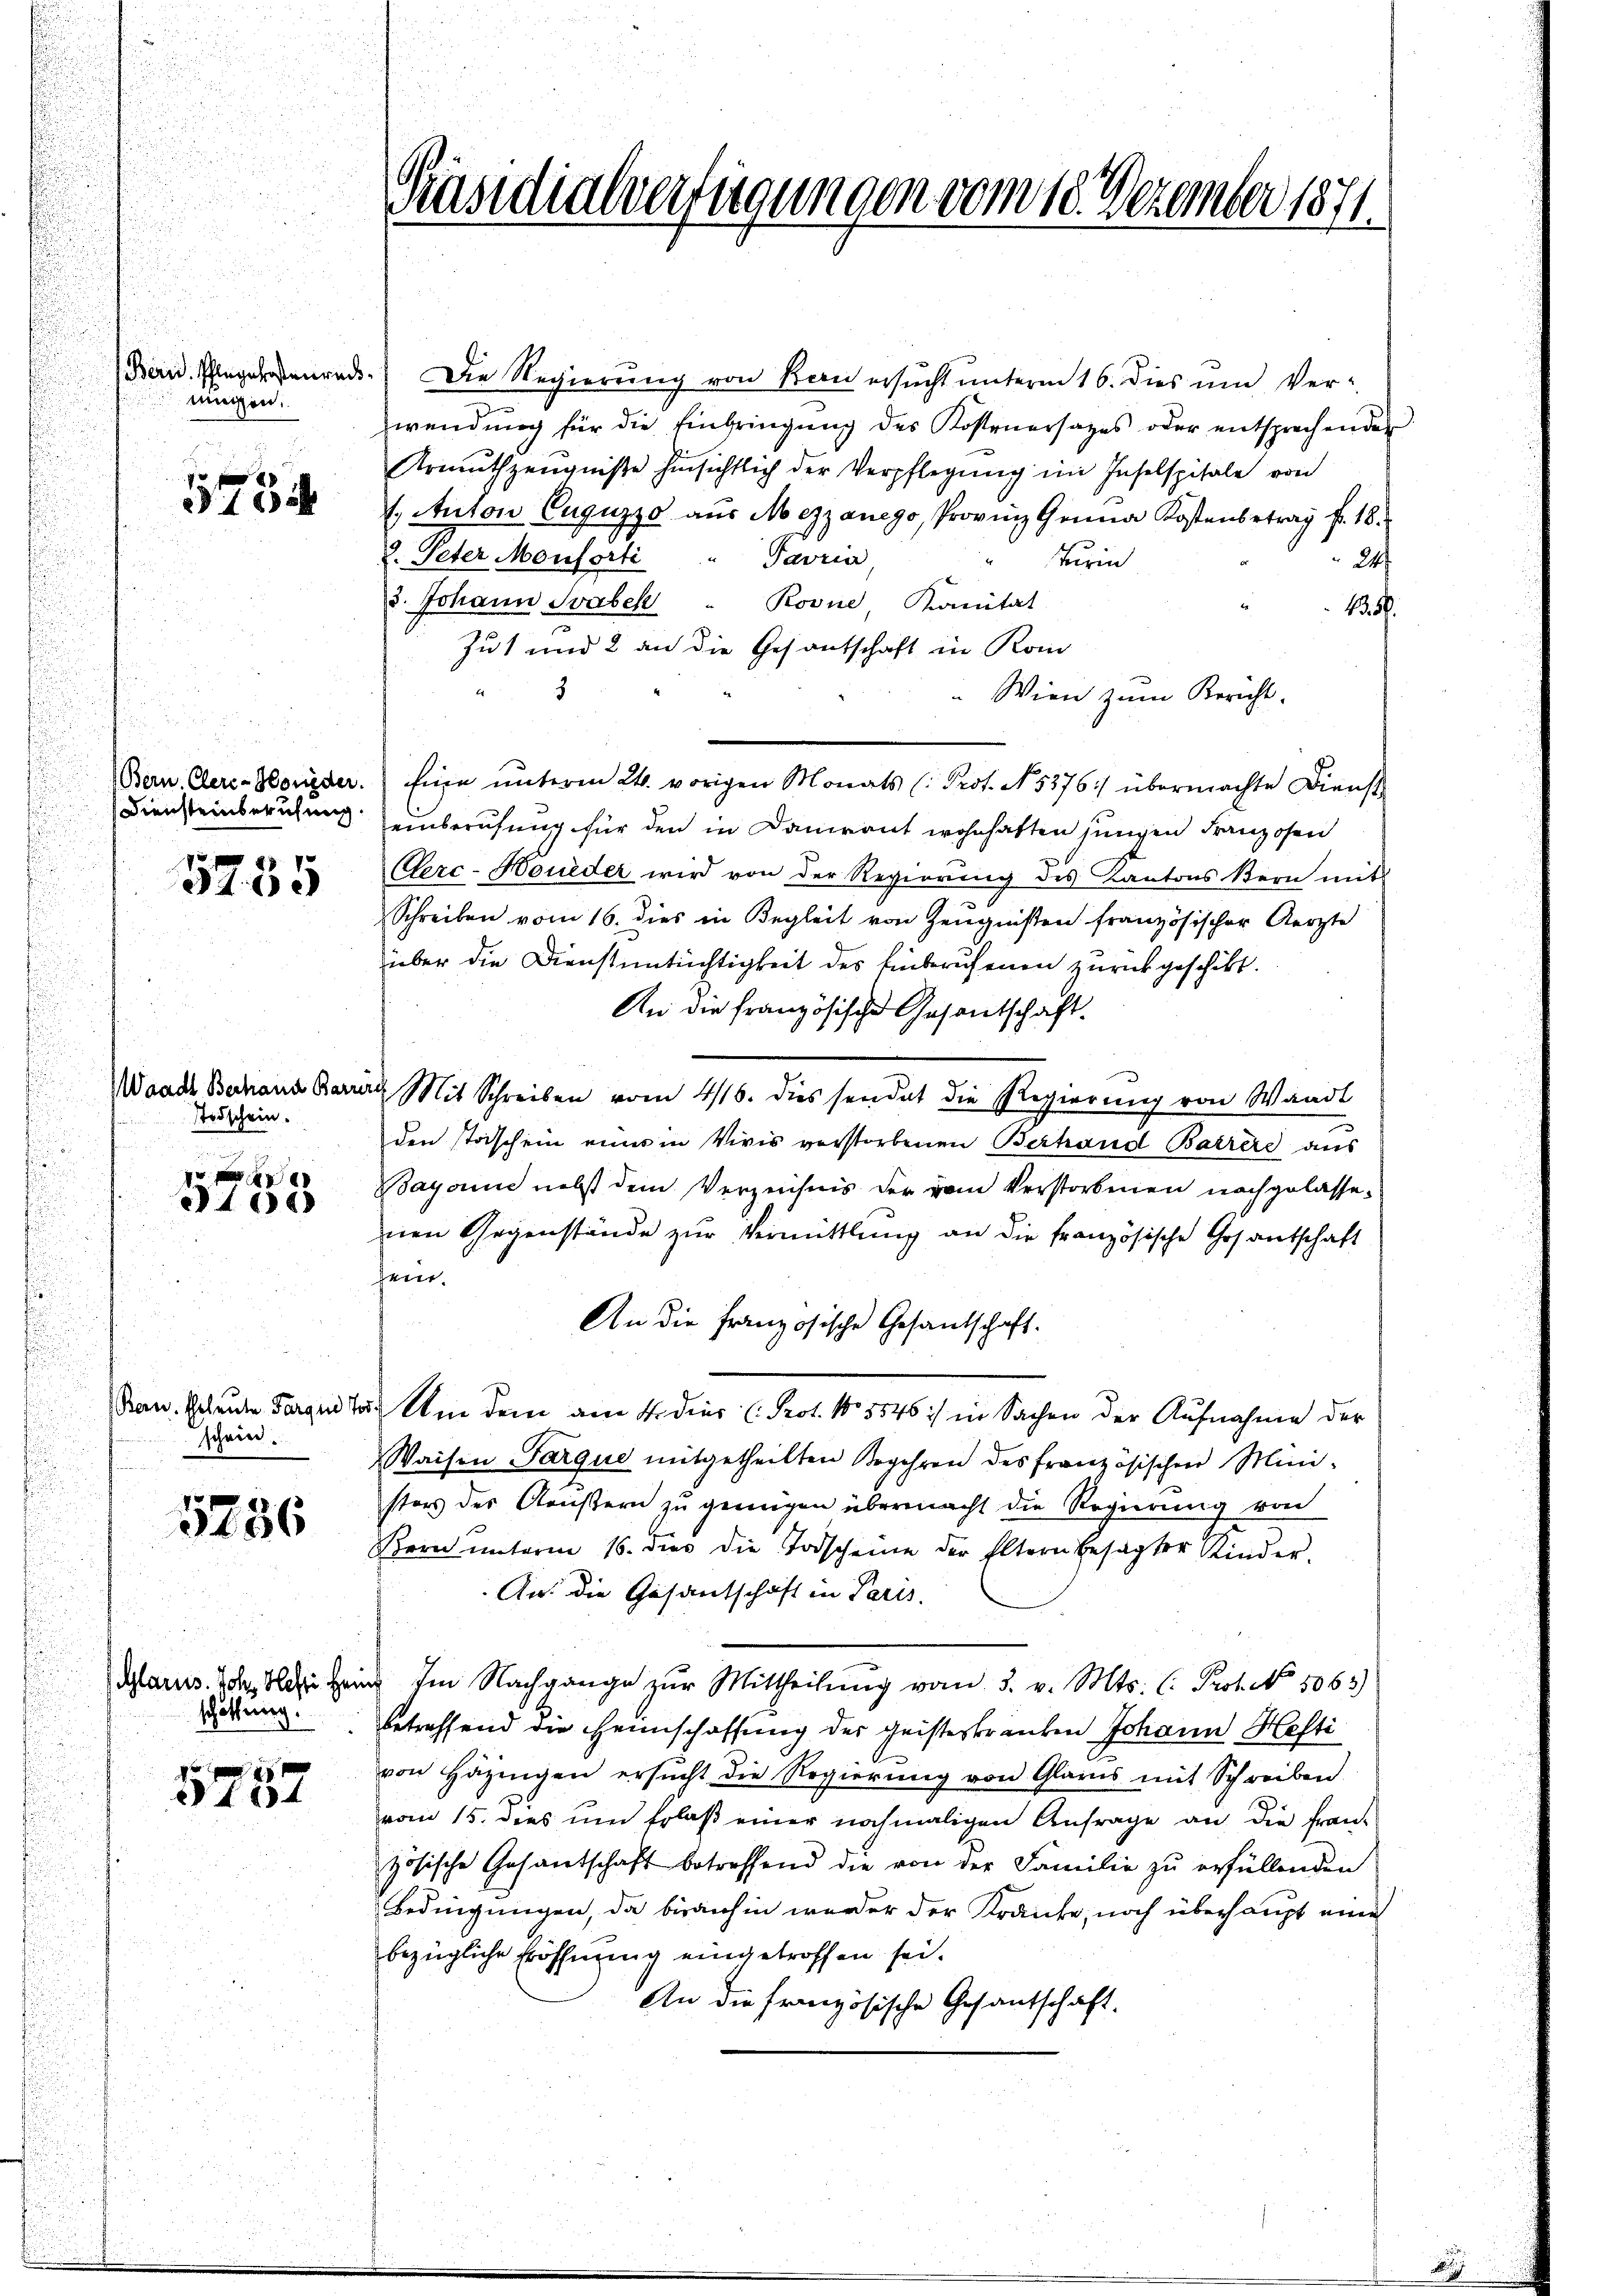
Berid. Schlagerstenrech
mügen.

573

Diensteinberufung

5255

Waadt Behand Barre
Todschein.

100

schein.

5236

(Glarus. Joh. Hehri Hein
schüttung

5757

Präsidialverfügungen vom 10. Dezember 1871.

) Die Regierung von Kan ersucht unterm 16. dies um Verwendung für die Einbringŭng des Kostenersatzes oder entsprechenden
Armŭthzeŭgniße hinsichtlich der Verpflegung im Inselspitale von
1. Anton Cuguzzo aus Mezzanego, Provinz Ganna Kostenbetrag f. 18.
2. Peter Monforti
Tavria,
Turin
24
3. Johann Svabek " Rovne Kanität
135.
Jut und 2 an die Gesantschaft in Kom
3
Wien zum Bericht.
Bern, Cleri-Worieder. Eine ŭnterm 24. vorigen Monats (: Prot. N. 5276) übermachte Dienst
einberufung für den in Kanirant wohnhaften jungen Franzosen
Cerc-Houeder wird von der Regierŭng des Kantons Bern mit
Schreiben vom 16. dies in Begleit von Zeugnissen französischer Aerzte
über die Dienstuntüchtigkeit des Einberufenen zurückgeschikt.
An die französische Gesantschaft.
ic
Mit Schreiben vom 416. dies sendet die Regierung von Waadt
den strischein eines in Vivis verstorbenen Berhand Barrere aus
Bayonne nebst dem Verzeichnis der vom Verstorbenen nachgelassenen Gegenstände zur Vermittlung an die französische Gesantschaft
eit
An die französische Gesandschaft.
San. Scheute Sorgen u. Um dem am 4. dies Prot. No 5546 :/ in Sachen der Aufnahme der
Waisen Farque mitgetheilten Begehren des französischen Ministors des Aeustern zu genügen übermacht die Regierung von
Bern unterm 16. dies die Todscheine der Eltern besagter Kinder.
An: die Gesantschaft in Paris.
f
Im Nachgange zur Mittheilung vom 3. v. Mts. C. Prof. No. 5063)
betreffend die Heimschaffung des Geisteskranken Johann Hefti
von Häzingen ersŭcht die Regierung von Glarus mit Schreiben
vom 15. dies um Erlaß einer nochmaligen Anfrage an die Französische Gesantschaft betreffend die von der Familie zu erfüllenden
Bedingungen, da bisanhin werder der Kranke, noch überhaupt eine
bezügliche Eröffnung eingetroffen sei.
An die französische Gesantschaft.